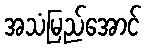
အသံမြည်အောင်